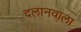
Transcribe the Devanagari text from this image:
दलानवाला